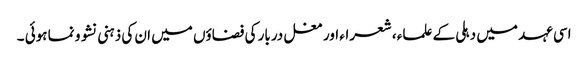
اسی عہد میں دہلی کے علماء ، شعراء اور مغل دربار کی فضاؤں میں ان کی ذہنی نشو و نما ہوئی ۔